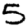
Digit: 5